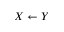
X \leftarrow Y